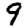
Digit: 9